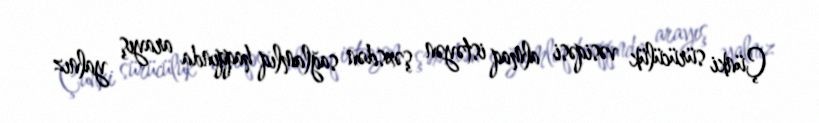
Çünki sürücülük vəsiqəsi almaq istəyən şəxsdən sağlamlıq haqqında arayış yalnız